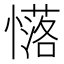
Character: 𢣅